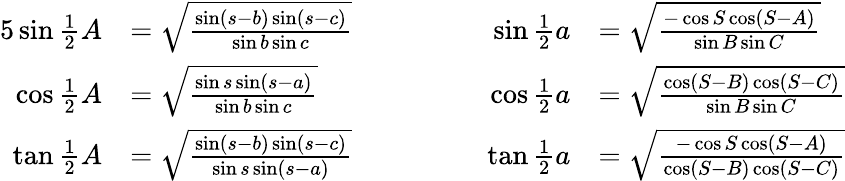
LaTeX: {\begin{array}{rlrl}{{5}\sin{\frac{1}{2}}A}&{={\sqrt{\frac{\sin(s-b)\sin(s-c)}{\sin b\sin c}}}}&{\qquad\qquad\sin{\frac{1}{2}}a}&{={\sqrt{\frac{-\cos S\cos(S-A)}{\sin B\sin C}}}}\\ {\cos{\frac{1}{2}}A}&{={\sqrt{\frac{\sin s\sin(s-a)}{\sin b\sin c}}}}&{\cos{\frac{1}{2}}a}&{={\sqrt{\frac{\cos(S-B)\cos(S-C)}{\sin B\sin C}}}}\\ {\tan{\frac{1}{2}}A}&{={\sqrt{\frac{\sin(s-b)\sin(s-c)}{\sin s\sin(s-a)}}}}&{\tan{\frac{1}{2}}a}&{={\sqrt{\frac{-\cos S\cos(S-A)}{\cos(S-B)\cos(S-C)}}}}\end{array}}